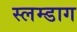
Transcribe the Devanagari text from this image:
स्लम्डाग